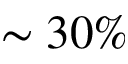
\sim 3 0 \%